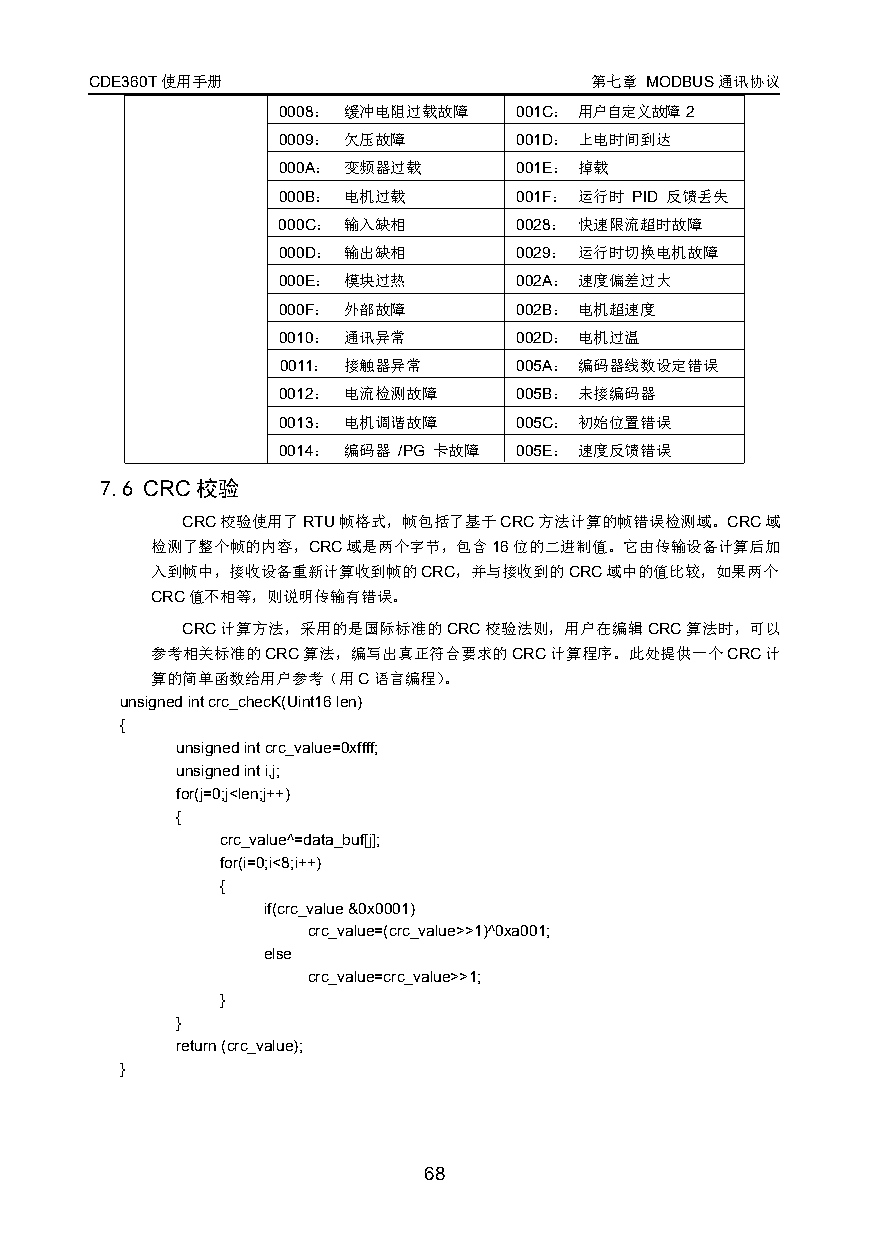
CDE360T使用手册                      第七章 MODBUS通讯协议
 0008： 缓冲电阻过载故障  001C： 用户自定义故障2
 0009： 欠压故障      001D： 上电时间到达
 000A： 变频器过载     001E： 掉载
 000B： 电机过载      001F： 运行时 PID 反馈丢失
 000C： 输入缺相      0028： 快速限流超时故障
 000D： 输出缺相      0029： 运行时切换电机故障
 000E： 模块过热      002A： 速度偏差过大
 000F： 外部故障      002B： 电机超速度
 0010： 通讯异常      002D： 电机过温
 0011： 接触器异常    005A： 编码器线数设定错误
 0012： 电流检测故障    005B： 未接编码器
 0013： 电机调谐故障    005C： 初始位置错误
 0014： 编码器 /PG 卡故障 005E： 速度反馈错误
 7.6 CRC校验
 CRC校验使用了RTU帧格式，帧包括了基于CRC方法计算的帧错误检测域。CRC域
 检测了整个帧的内容，CRC域是两个字节，包含16位的二进制值。它由传输设备计算后加
 入到帧中，接收设备重新计算收到帧的CRC，并与接收到的CRC域中的值比较，如果两个
 CRC值不相等，则说明传输有错误。
 CRC计算方法，采用的是国际标准的CRC校验法则，用户在编辑CRC算法时，可以
 参考相关标准的CRC算法，编写出真正符合要求的CRC计算程序。此处提供一个CRC计
 算的简单函数给用户参考（用C语言编程）。
 unsignedintcrc_checK(Uint16len)
 {
 unsignedintcrc_value=0xffff;
 unsignedinti,j;
 for(j=0;j<len;j++)
 {
 crc_value^=data_buf[j];
 for(i=0;i<8;i++)
 {
 if(crc_value&0x0001)
 crc_value=(crc_value>>1)^0xa001;
 else
 crc_value=crc_value>>1;
 }
 }
 return(crc_value);
 }
 68